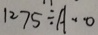
1 2 7 5 \div A \cdots 0